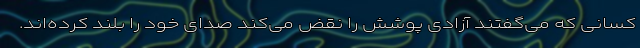
کسانی که می‌گفتند آزادی پوشش را نقض می‌کند صدای خود را بلند کرده‌اند.